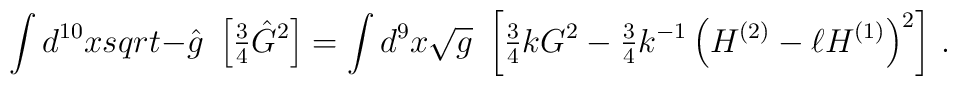
\int d^{10}x\\sqrt{-\hat{g}}\ \left[ {\textstyle\frac{3}{4}} \hat{G}^{2} \right] =\int d^{9} x\sqrt{g}\ \left[{\textstyle\frac{3}{4}} k G^{2}-{\textstyle\frac{3}{4}}k^{-1}\left( H^{(2)} -\ell H^{(1)}\right)^{2}\right]\, .